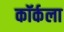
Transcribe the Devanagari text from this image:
कॉर्कला